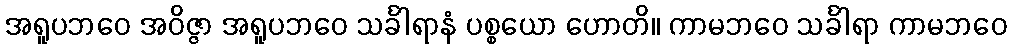
အရူပဘဝေ အဝိဇ္ဇာ အရူပဘဝေ သင်္ခါရာနံ ပစ္စယော ဟောတိ။ ကာမဘဝေ သင်္ခါရာ ကာမဘဝေ